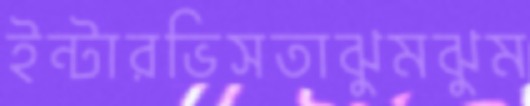
ইন্টারভিসতাঝুমঝুম